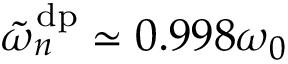
\tilde { \omega } _ { n } ^ { \mathrm { d p } } \simeq 0 . 9 9 8 \omega _ { 0 }